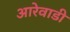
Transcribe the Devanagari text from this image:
आरेवाडी